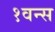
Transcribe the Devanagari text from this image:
१वन्स